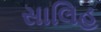
સાલિહ